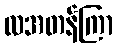
လအတန်ကြာ